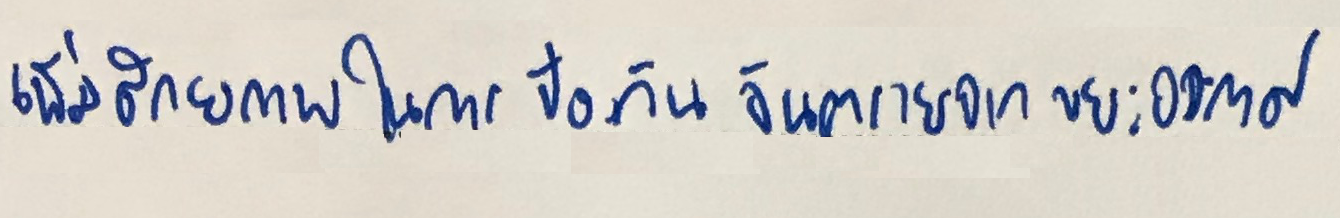
เพิ่มศักยภาพในการป้องกันอันตรายจากขยะอวกาศ